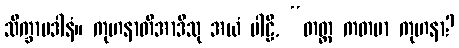
သိက္ခာပဒါနံ။ ကုဟနာတိအာဒီသု အယံ ပါဠိ, “တတ္ထ ကတမာ ကုဟနာ?